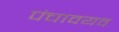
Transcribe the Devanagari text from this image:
पंचावयव